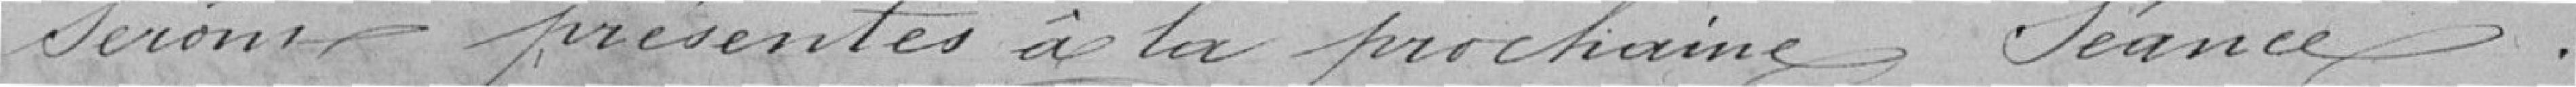
seront présentés à la prochaine séance.